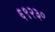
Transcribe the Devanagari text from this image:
६९२३०